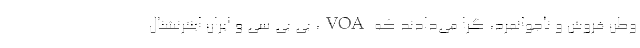
وطن فروش و ناجوانمرد، گرا می‌دادند که VOA، بی بی سی و ایران اینترنشنال